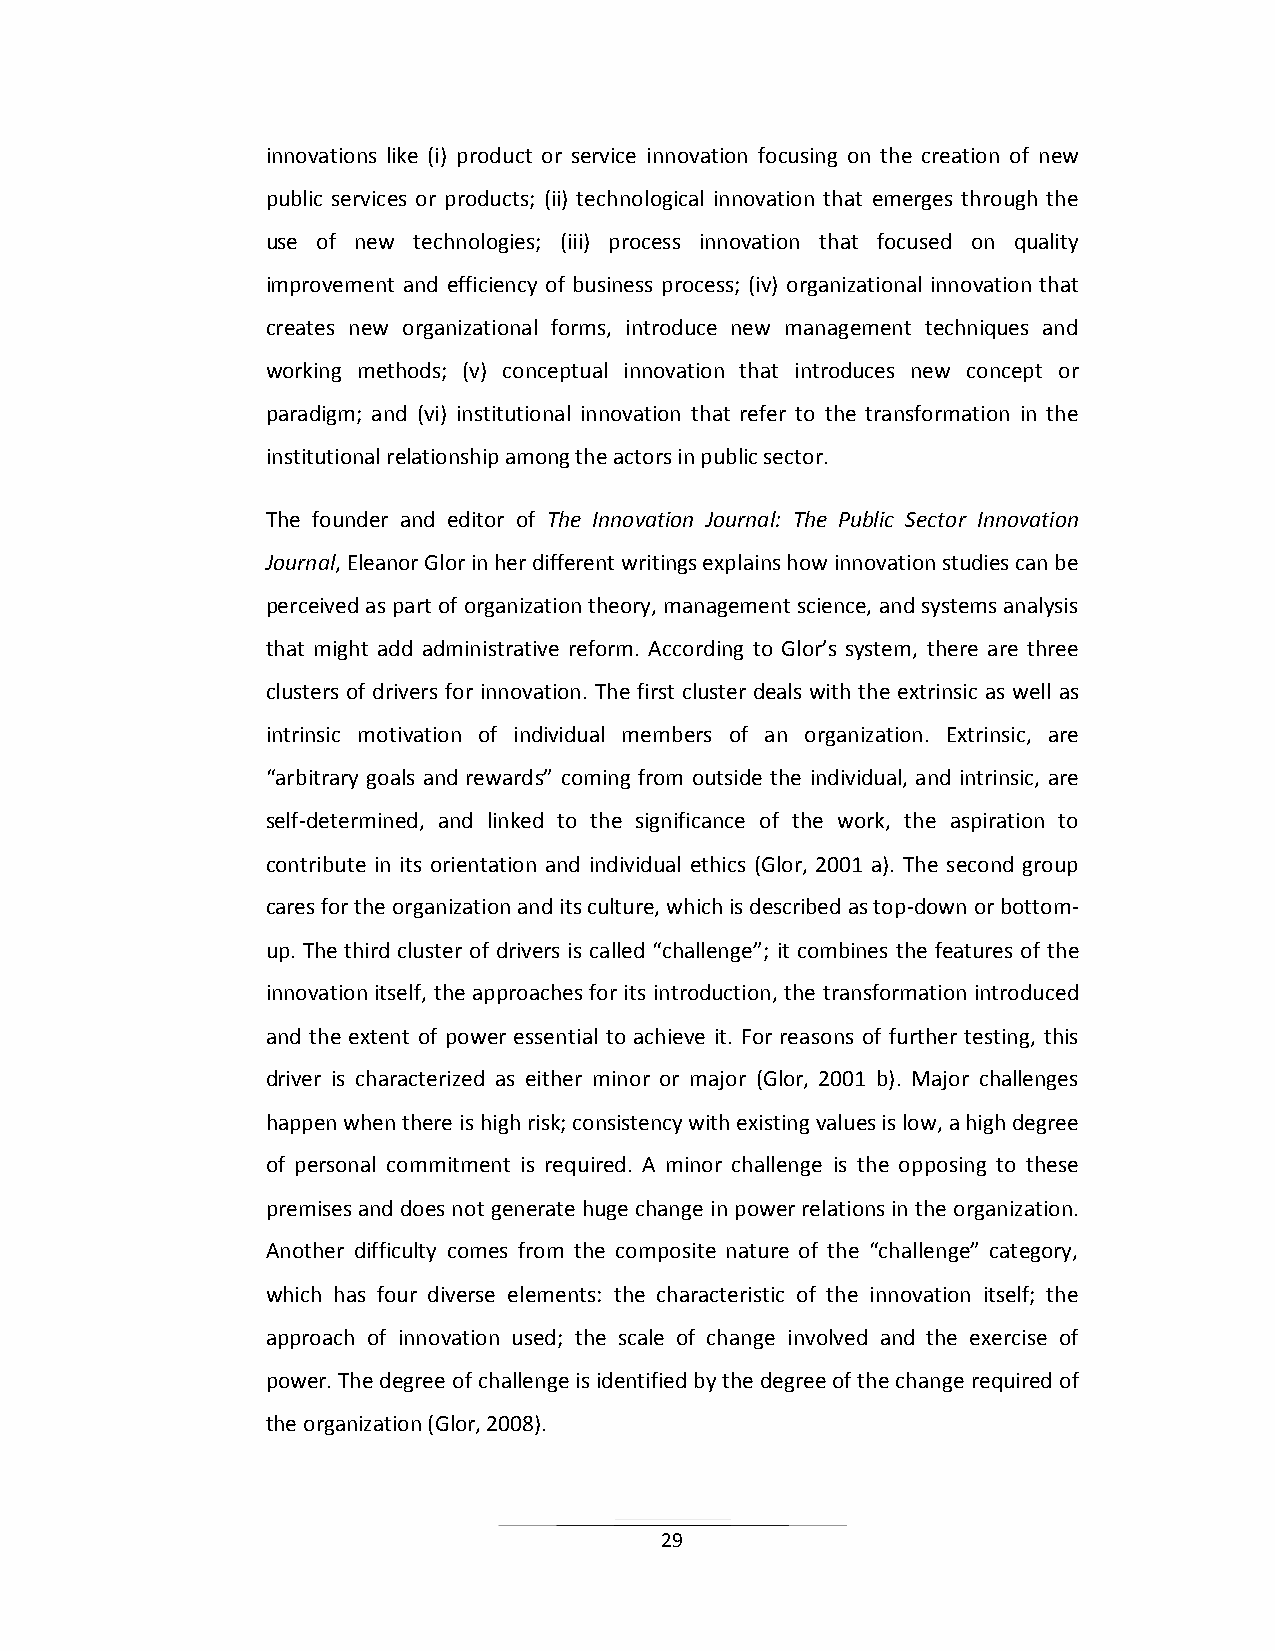
innovations like (i) product or service innovation focusing on the creation of new
 public services or products; (ii) technological innovation that emerges through the
 use of new technologies; (iii) process innovation that focused on quality
 improvement and efficiency of business process; (iv) organizational innovation that
 creates new organizational forms, introduce new management techniques and
 working methods; (v) conceptual innovation that introduces new concept or
 paradigm; and (vi) institutional innovation that refer to the transformation in the
 institutional relationship among the actors in public sector.
 The founder and editor of The Innovation Journal: The Public Sector Innovation
 Journal, Eleanor Glor in her different writings explains how innovation studies can be
 perceived as part of organization theory, management science, and systems analysis
 that might add administrative reform. According to Glor’s system, there are three
 clusters of drivers for innovation. The first cluster deals with the extrinsic as well as
 intrinsic motivation of individual members of an organization. Extrinsic, are
 “arbitrary goals and rewards” coming from outside the individual, and intrinsic, are
 self-determined, and linked to the significance of the work, the aspiration to
 contribute in its orientation and individual ethics (Glor, 2001 a). The second group
 cares for the organization and its culture, which is described as top-down or bottom-
 up. The third cluster of drivers is called “challenge”; it combines the features of the
 innovation itself, the approaches for its introduction, the transformation introduced
 and the extent of power essential to achieve it. For reasons of further testing, this
 driver is characterized as either minor or major (Glor, 2001 b). Major challenges
 happen when there is high risk; consistency with existing values is low, a high degree
 of personal commitment is required. A minor challenge is the opposing to these
 premises and does not generate huge change in power relations in the organization.
 Another difficulty comes from the composite nature of the “challenge” category,
 which has four diverse elements: the characteristic of the innovation itself; the
 approach of innovation used; the scale of change involved and the exercise of
 power. The degree of challenge is identified by the degree of the change required of
 the organization (Glor, 2008).
 29